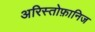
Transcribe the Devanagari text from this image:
अरिस्तोफ़ानिज